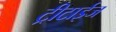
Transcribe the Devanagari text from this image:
ट्रीटाईज